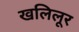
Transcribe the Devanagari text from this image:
खलिलूर